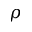
\rho